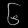
Digit: ၆